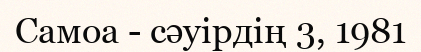
Самоа - сәуірдің 3, 1981